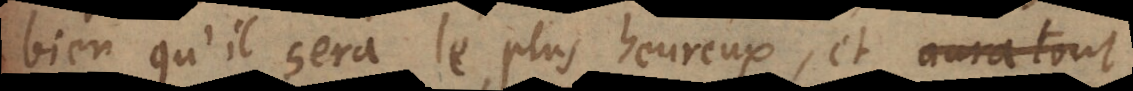
bien qu’il sera le plus heureux, et aura tout